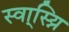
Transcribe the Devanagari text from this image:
स्वा्स्य्नि